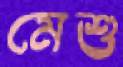
মেশু